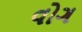
વોગ